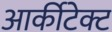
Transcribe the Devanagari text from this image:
आर्कीटेक्ट